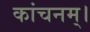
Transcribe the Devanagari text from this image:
कांचनम्।